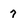
Character: 7